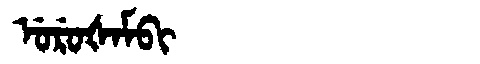
Manchu: ᡠᡵᡠᡧᠠᠮᠪᡳ
Romanization: URUŠAMBI